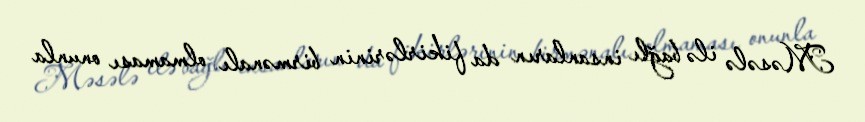
Məsələ ilə bağlı insanların da fikirlərinin birmənalı olmaması onunla